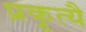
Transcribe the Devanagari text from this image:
प्रकृत्यै